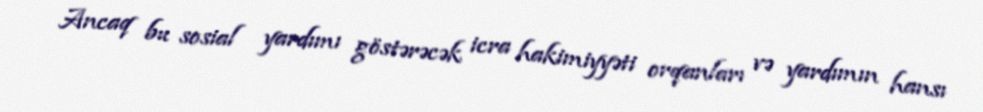
Ancaq bu sosial yardımı göstərəcək icra hakimiyyəti orqanları və yardımın hansı